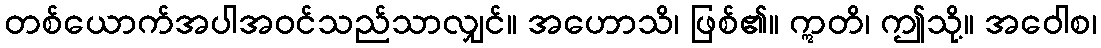
တစ်ယောက်အပါအဝင်သည်သာလျှင်။ အဟောသိ၊ ဖြစ်၏။ ဣတိ၊ ဤသို့။ အဝေါစ၊